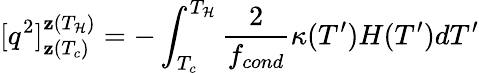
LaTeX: [q^{2}]_{\mathbf{z}(T_{c})}^{\mathbf{z}(T_{\mathcal{H}})}=-\int_{T_{c}}^{T_{\mathcal{H}}}\frac{{2}}{{f_{cond}}}\kappa(T^{\prime})H(T^{\prime})dT^{\prime}